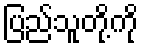
ပြည်သူတို့ကို